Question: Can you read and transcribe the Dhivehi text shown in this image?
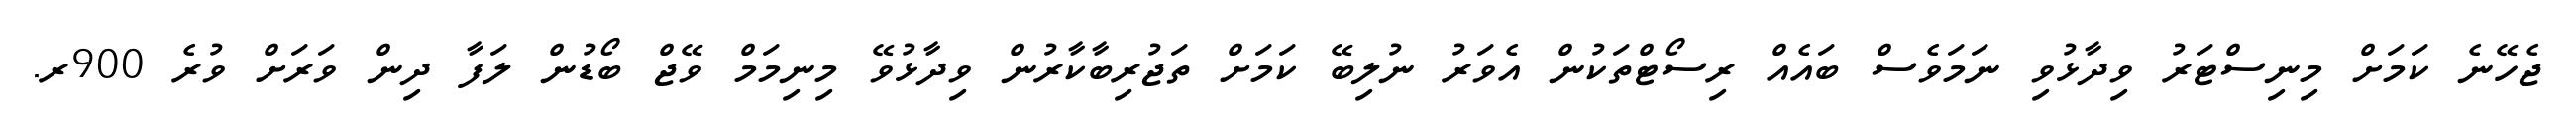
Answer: ޖެހޭނެ ކަމަށް މިނިސްޓަރު ވިދާޅުވި ނަމަވެސް ބައެއް ރިސޯޓްތަކުން އެވަރު ނުލިބޭ ކަމަށް ތަޖުރިބާކާރުން ވިދާޅުވޭ މިނިމަމް ވޭޖް ބޯޑުން ލަފާ ދިން ވަރަށް ވުރެ 900ރ.